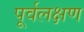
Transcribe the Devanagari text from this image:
पूर्वलक्षण